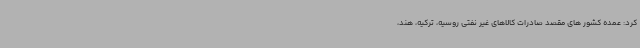
کرد: عمده کشور های مقصد صادرات کالاهای غیر نفتی روسیه، ترکیه، هند،